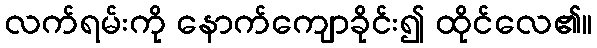
လက်ရမ်းကို နောက်ကျောခိုင်း၍ ထိုင်လေ၏။